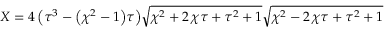
X = 4 \, { \left( { \tau } ^ { 3 } - { \left( { \chi } ^ { 2 } - 1 \right) } { \tau } \right) } \sqrt { { \chi } ^ { 2 } + 2 \, { \chi } { \tau } + { \tau } ^ { 2 } + 1 } \sqrt { { \chi } ^ { 2 } - 2 \, { \chi } { \tau } + { \tau } ^ { 2 } + 1 }